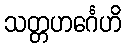
သတ္တဟင်္ဂေဟိ